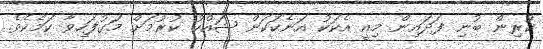
ކުރިން ބުނި ފަދައިން މިއީ އެކަކު އަނެކަކަށް ޝައްކު ކުރުމަށް މަގުފަހިވާ ކަމެކެވެ.